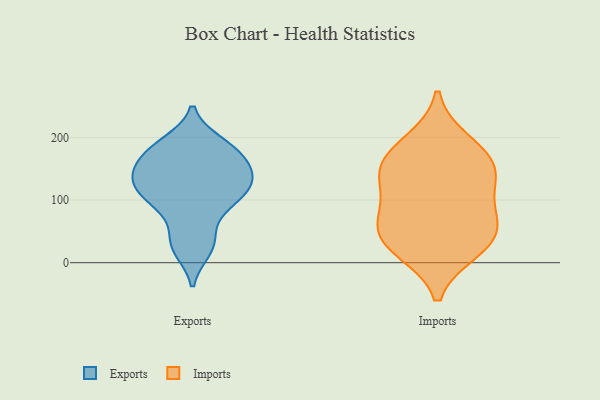
{"axis": {"x": "Customer Acquisition Cost (USD)", "y": "Value"}, "legend": ["Exports", "Imports"], "data": [{"x": "", "y": 184, "type": "Exports"}, {"x": "", "y": 21, "type": "Exports"}, {"x": "", "y": 191, "type": "Exports"}, {"x": "", "y": 27, "type": "Exports"}, {"x": "", "y": 134, "type": "Exports"}, {"x": "", "y": 115, "type": "Exports"}, {"x": "", "y": 43, "type": "Exports"}, {"x": "", "y": 125, "type": "Exports"}, {"x": "", "y": 98, "type": "Exports"}, {"x": "", "y": 131, "type": "Exports"}, {"x": "", "y": 179, "type": "Exports"}, {"x": "", "y": 92, "type": "Exports"}, {"x": "", "y": 138, "type": "Exports"}, {"x": "", "y": 178, "type": "Exports"}, {"x": "", "y": 96, "type": "Exports"}, {"x": "", "y": 152, "type": "Exports"}, {"x": "", "y": 155, "type": "Exports"}, {"x": "", "y": 41, "type": "Imports"}, {"x": "", "y": 172, "type": "Imports"}, {"x": "", "y": 20, "type": "Imports"}, {"x": "", "y": 96, "type": "Imports"}, {"x": "", "y": 193, "type": "Imports"}, {"x": "", "y": 64, "type": "Imports"}, {"x": "", "y": 142, "type": "Imports"}, {"x": "", "y": 152, "type": "Imports"}, {"x": "", "y": 26, "type": "Imports"}, {"x": "", "y": 137, "type": "Imports"}, {"x": "", "y": 67, "type": "Imports"}]}